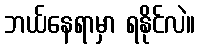
ဘယ်နေရာမှာ ရနိုင်လဲ။